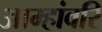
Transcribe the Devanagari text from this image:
आम्हांवरि